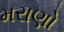
મરાણો